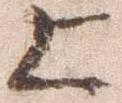
上